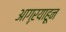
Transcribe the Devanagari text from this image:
आग्ऱयाहून